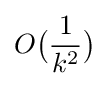
O{\bigl (}{\frac {1}{k^{2}}}{\bigr )}